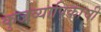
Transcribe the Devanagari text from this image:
कुजव्यापिकांची